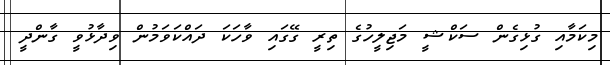
މިކަމާއި ގުޅިގެން ސަކްޝީ މަޖިލީހުގެ ތިރީ ގޭގައި ވާހަކަ ދައްކަވަމުން ވިދާޅުވީ ގާންދީ